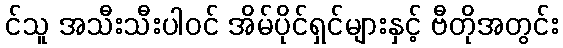
င်သူ အသီးသီးပါဝင် အိမ်ပိုင်ရှင်များနှင့် ဗီတိုအတွင်း